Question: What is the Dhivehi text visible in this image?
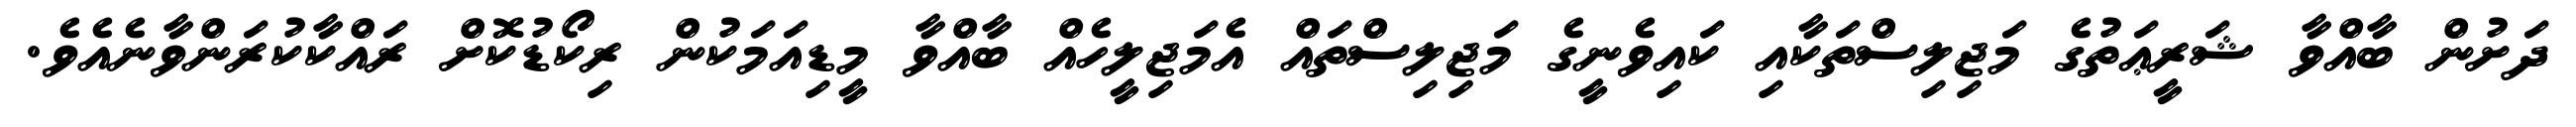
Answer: ދަށުން ބާއްވާ ޝަރީޢަތުގެ މަޖިލިސްތަކާއި ކައިވެނީގެ މަޖިލިސްތައް އެމަޖިލީހެއް ބާއްވާ މީޑިއަމަކުން ރިކޯޑުކޮށް ރައްކާކުރަންވާނެއެވެ.